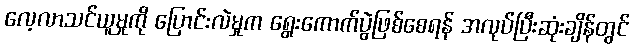
လေ့လာသင်ယူမှုကို ပြောင်းလဲမှုက ရွေးကောက်ပွဲဖြစ်စေရန် အလုပ်ပြီးဆုံးချိန်တွင်